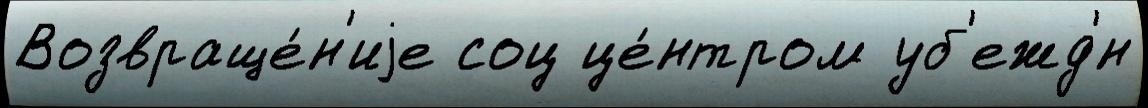
Возвраще́н'иjе соц це́нтром уб'ежд'́н